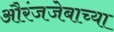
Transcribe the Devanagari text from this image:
औरंजजेबाच्या